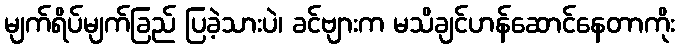
မျက်ရိပ်မျက်ခြည် ပြခဲ့သားပဲ၊ ခင်ဗျားက မသိချင်ဟန်ဆောင်နေတာကိုး